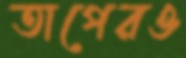
তাপেরও